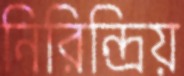
নিরিন্দ্রিয়